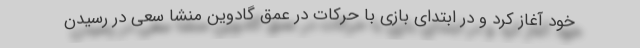
خود آغاز کرد و در ابتدای بازی با حرکات در عمق گادوین منشا سعی در رسیدن